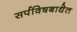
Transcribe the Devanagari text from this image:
सर्पविषबाधेत